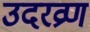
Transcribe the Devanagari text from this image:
उदरव्रण